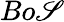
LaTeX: Bo\mathscr{S}